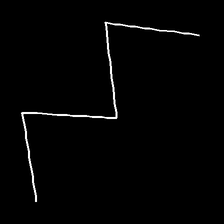
Glyph: crush